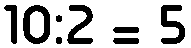
10:2 = 5